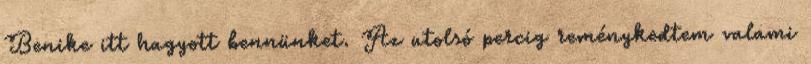
Benike itt hagyott bennünket. Az utolsó percig reménykedtem valami